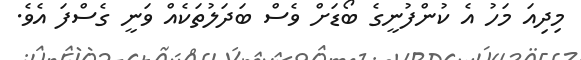
މިދިއަ މަހު އެ ކުންފުނީގެ ބޯޑަށް ވެސް ބަދަލުތަކެއް ވަނީ ގެސްފަ އެވެ.